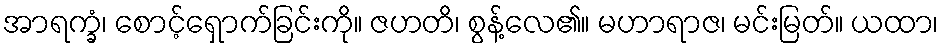
အာရက္ခံ၊ စောင့်ရှောက်ခြင်းကို။ ဇဟတိ၊ စွန့်လေ၏။ မဟာရာဇ၊ မင်းမြတ်။ ယထာ၊